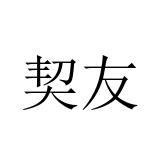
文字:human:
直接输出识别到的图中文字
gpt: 契友